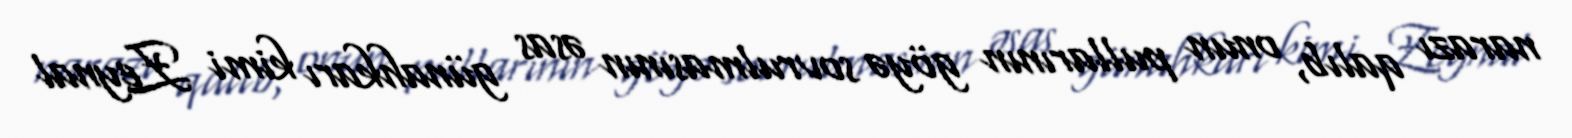
narazı qalıb, onun pullarının göyə sovrulmasının əsas günahkarı kimi Zeynal